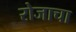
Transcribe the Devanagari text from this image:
रोजाचा